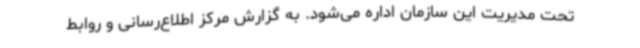
تحت مدیریت این سازمان اداره می‌شود. به گزارش مرکز اطلاع‌رسانی و روابط